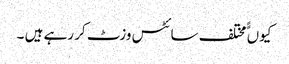
کیوں ًًمختلف سائٹس وزٹ کر رہے ہیں ۔